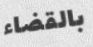
بالقضاء